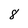
Character: 8